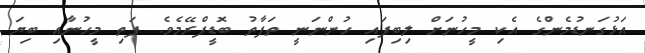
އަޅުގަނޑުމެންގެ އެކި މީހުނަށް ލިބިފައި ހުންނަނީ ތަފާތު ބޮޑީފްރޭމެވެ. ފަތި މީހުނާއި ބިޔަ